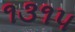
૧૩૧૫